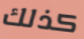
كذلك